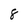
Character: 8